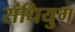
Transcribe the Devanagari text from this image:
संधियुग